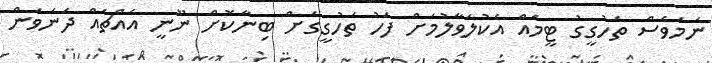
ނަމަވެސް ތަހުގީގު ޓީމެއް އެކުލަވާލުމަށް ފަހު ތަހުގީގަށް ބިނާކޮށް ނޫނީ އެއްޗެއް ދަަނަވަން